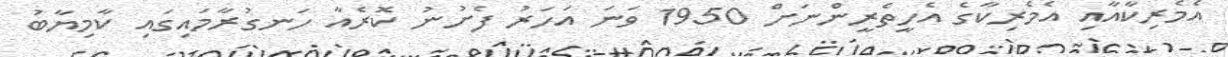
އެމެރިކާއާއި އެމެރިކާގެ އެހީތެރީންނަށް 1950 ވަނަ އަހަރު ފެށުނު ކޮރެއާ ހަނގުރާމައިގައި ކާމިޔާބު